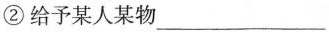
②给予某人某物___